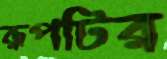
রূপটির